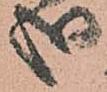
哉